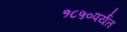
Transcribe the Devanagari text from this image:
१८५०पर्यंत